65_HS1-834228961_62-HQ-83894_Section_1
Agency: FBI
Page 160
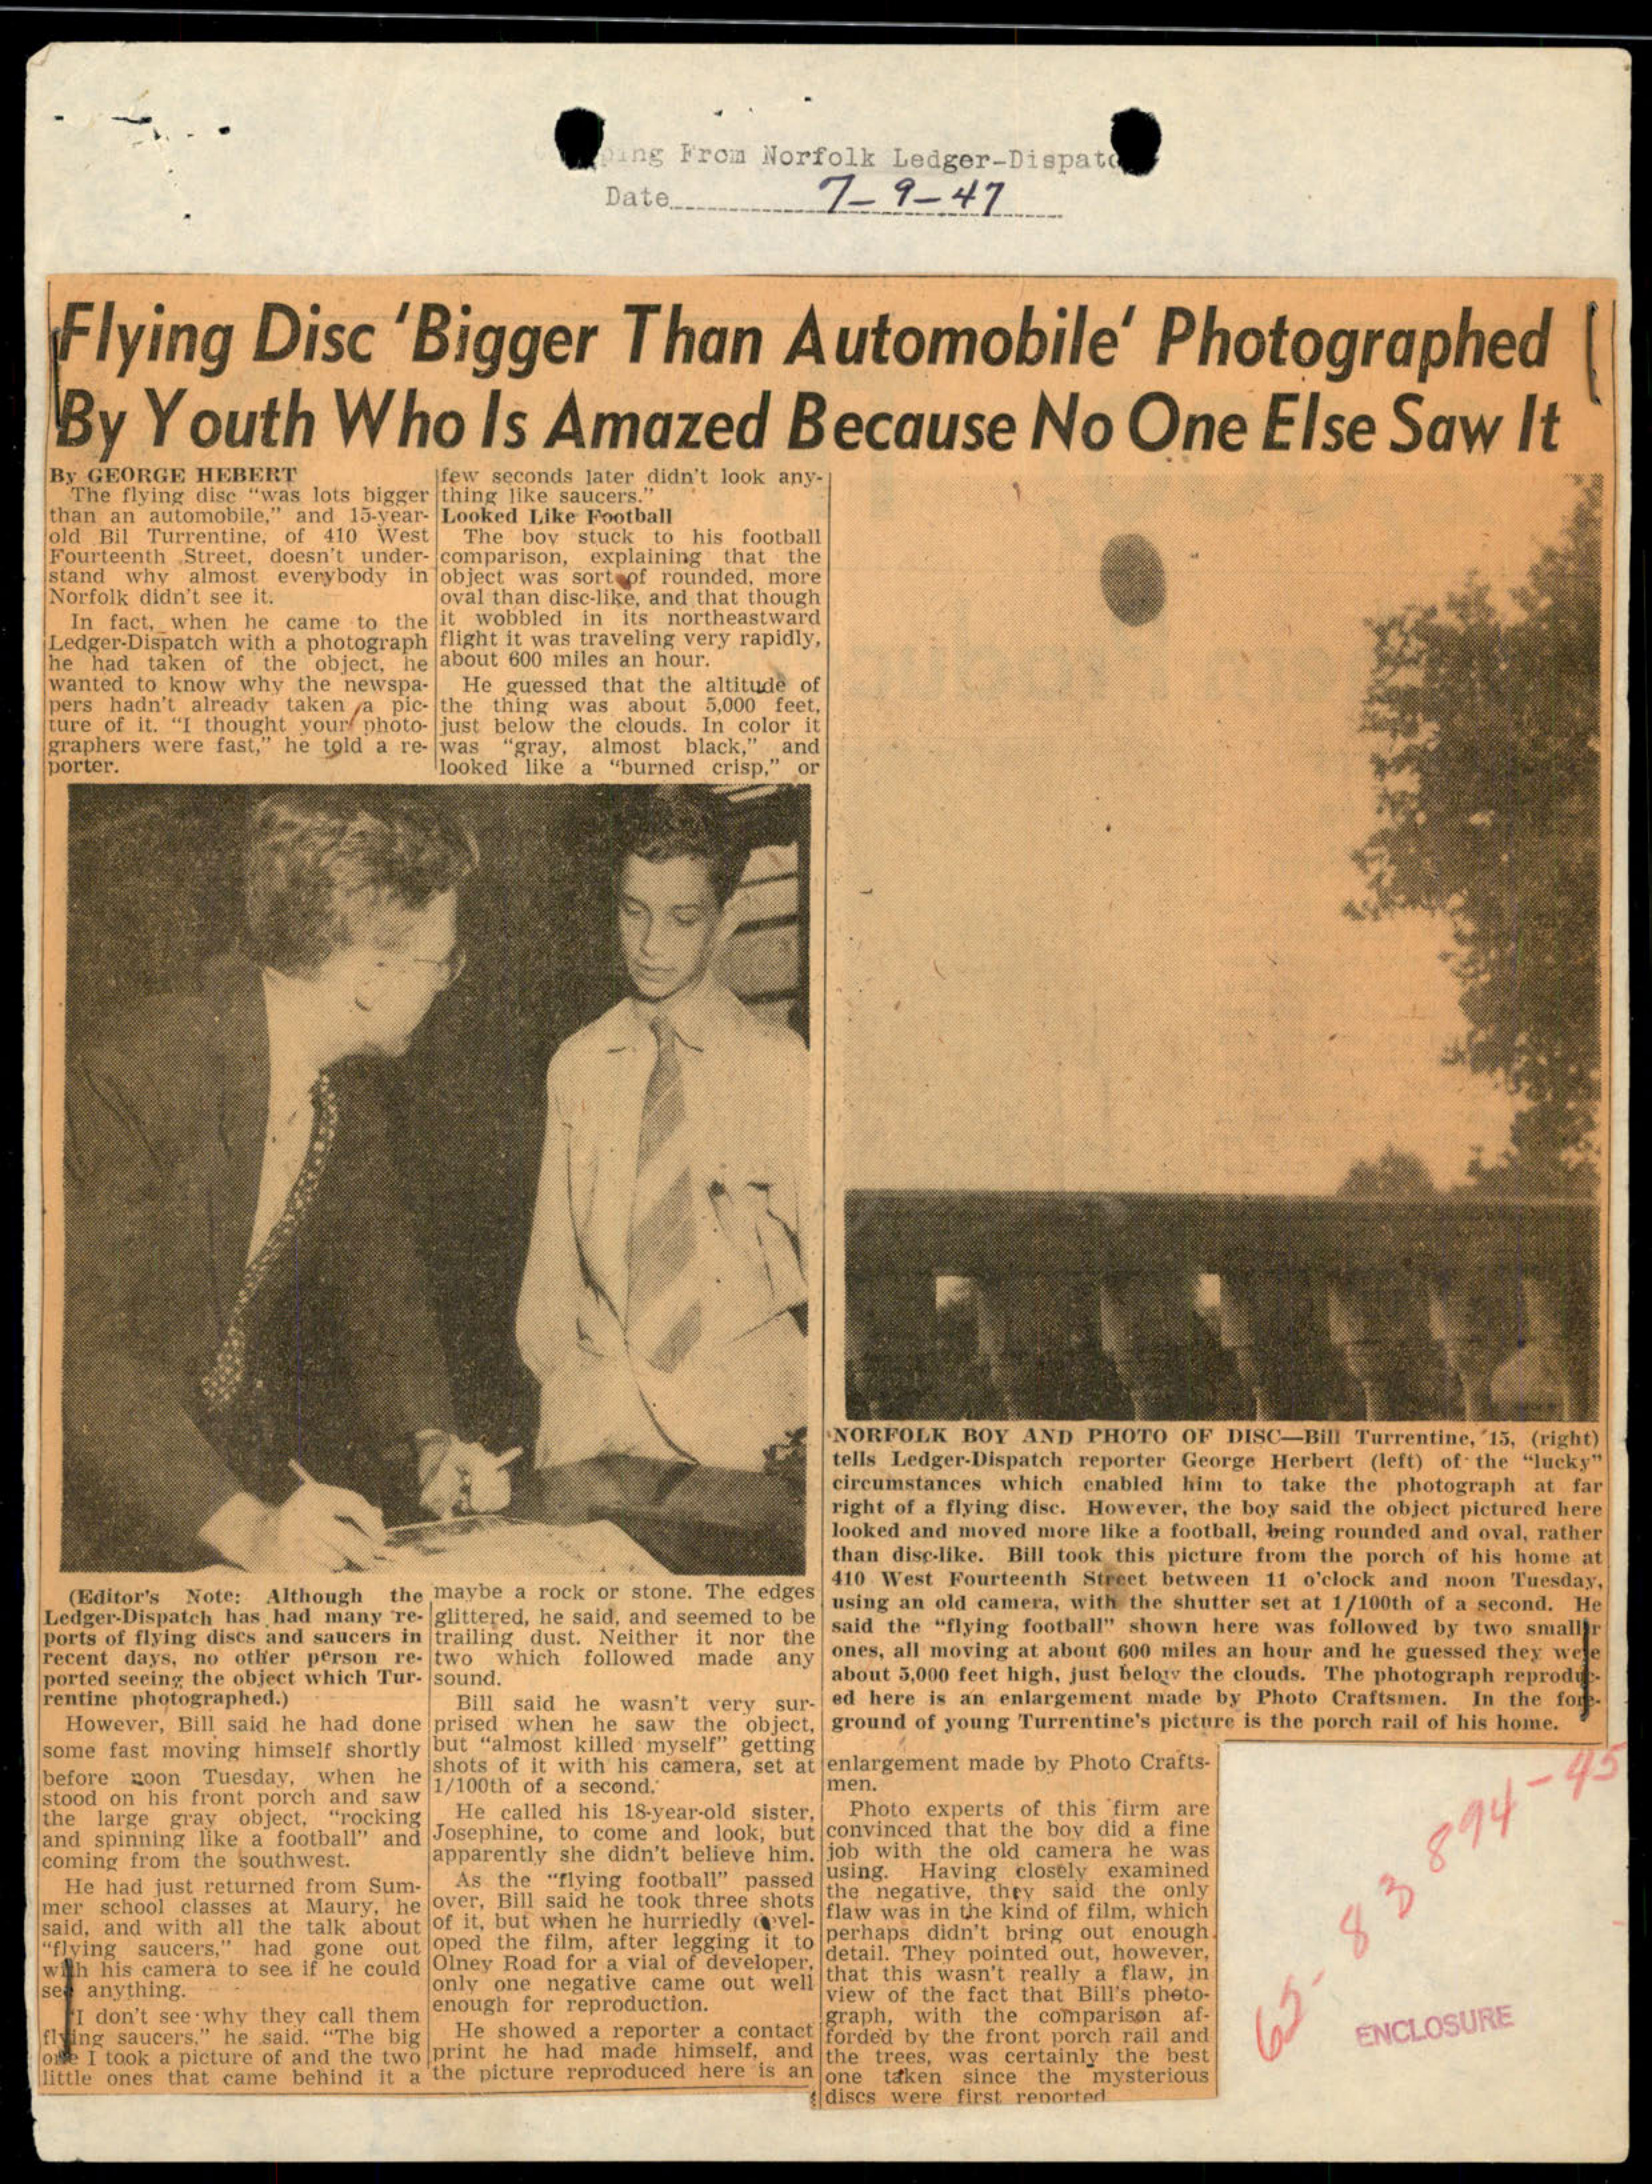